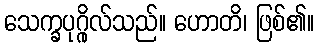
သေက္ခပုဂ္ဂိုလ်သည်။ ဟောတိ၊ ဖြစ်၏။